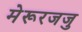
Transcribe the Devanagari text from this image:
मेरूरजजु